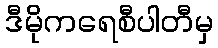
ဒီမိုကရေစီပါတီမှ